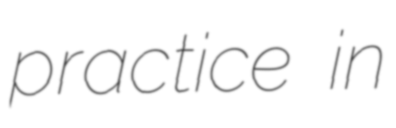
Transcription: practice in